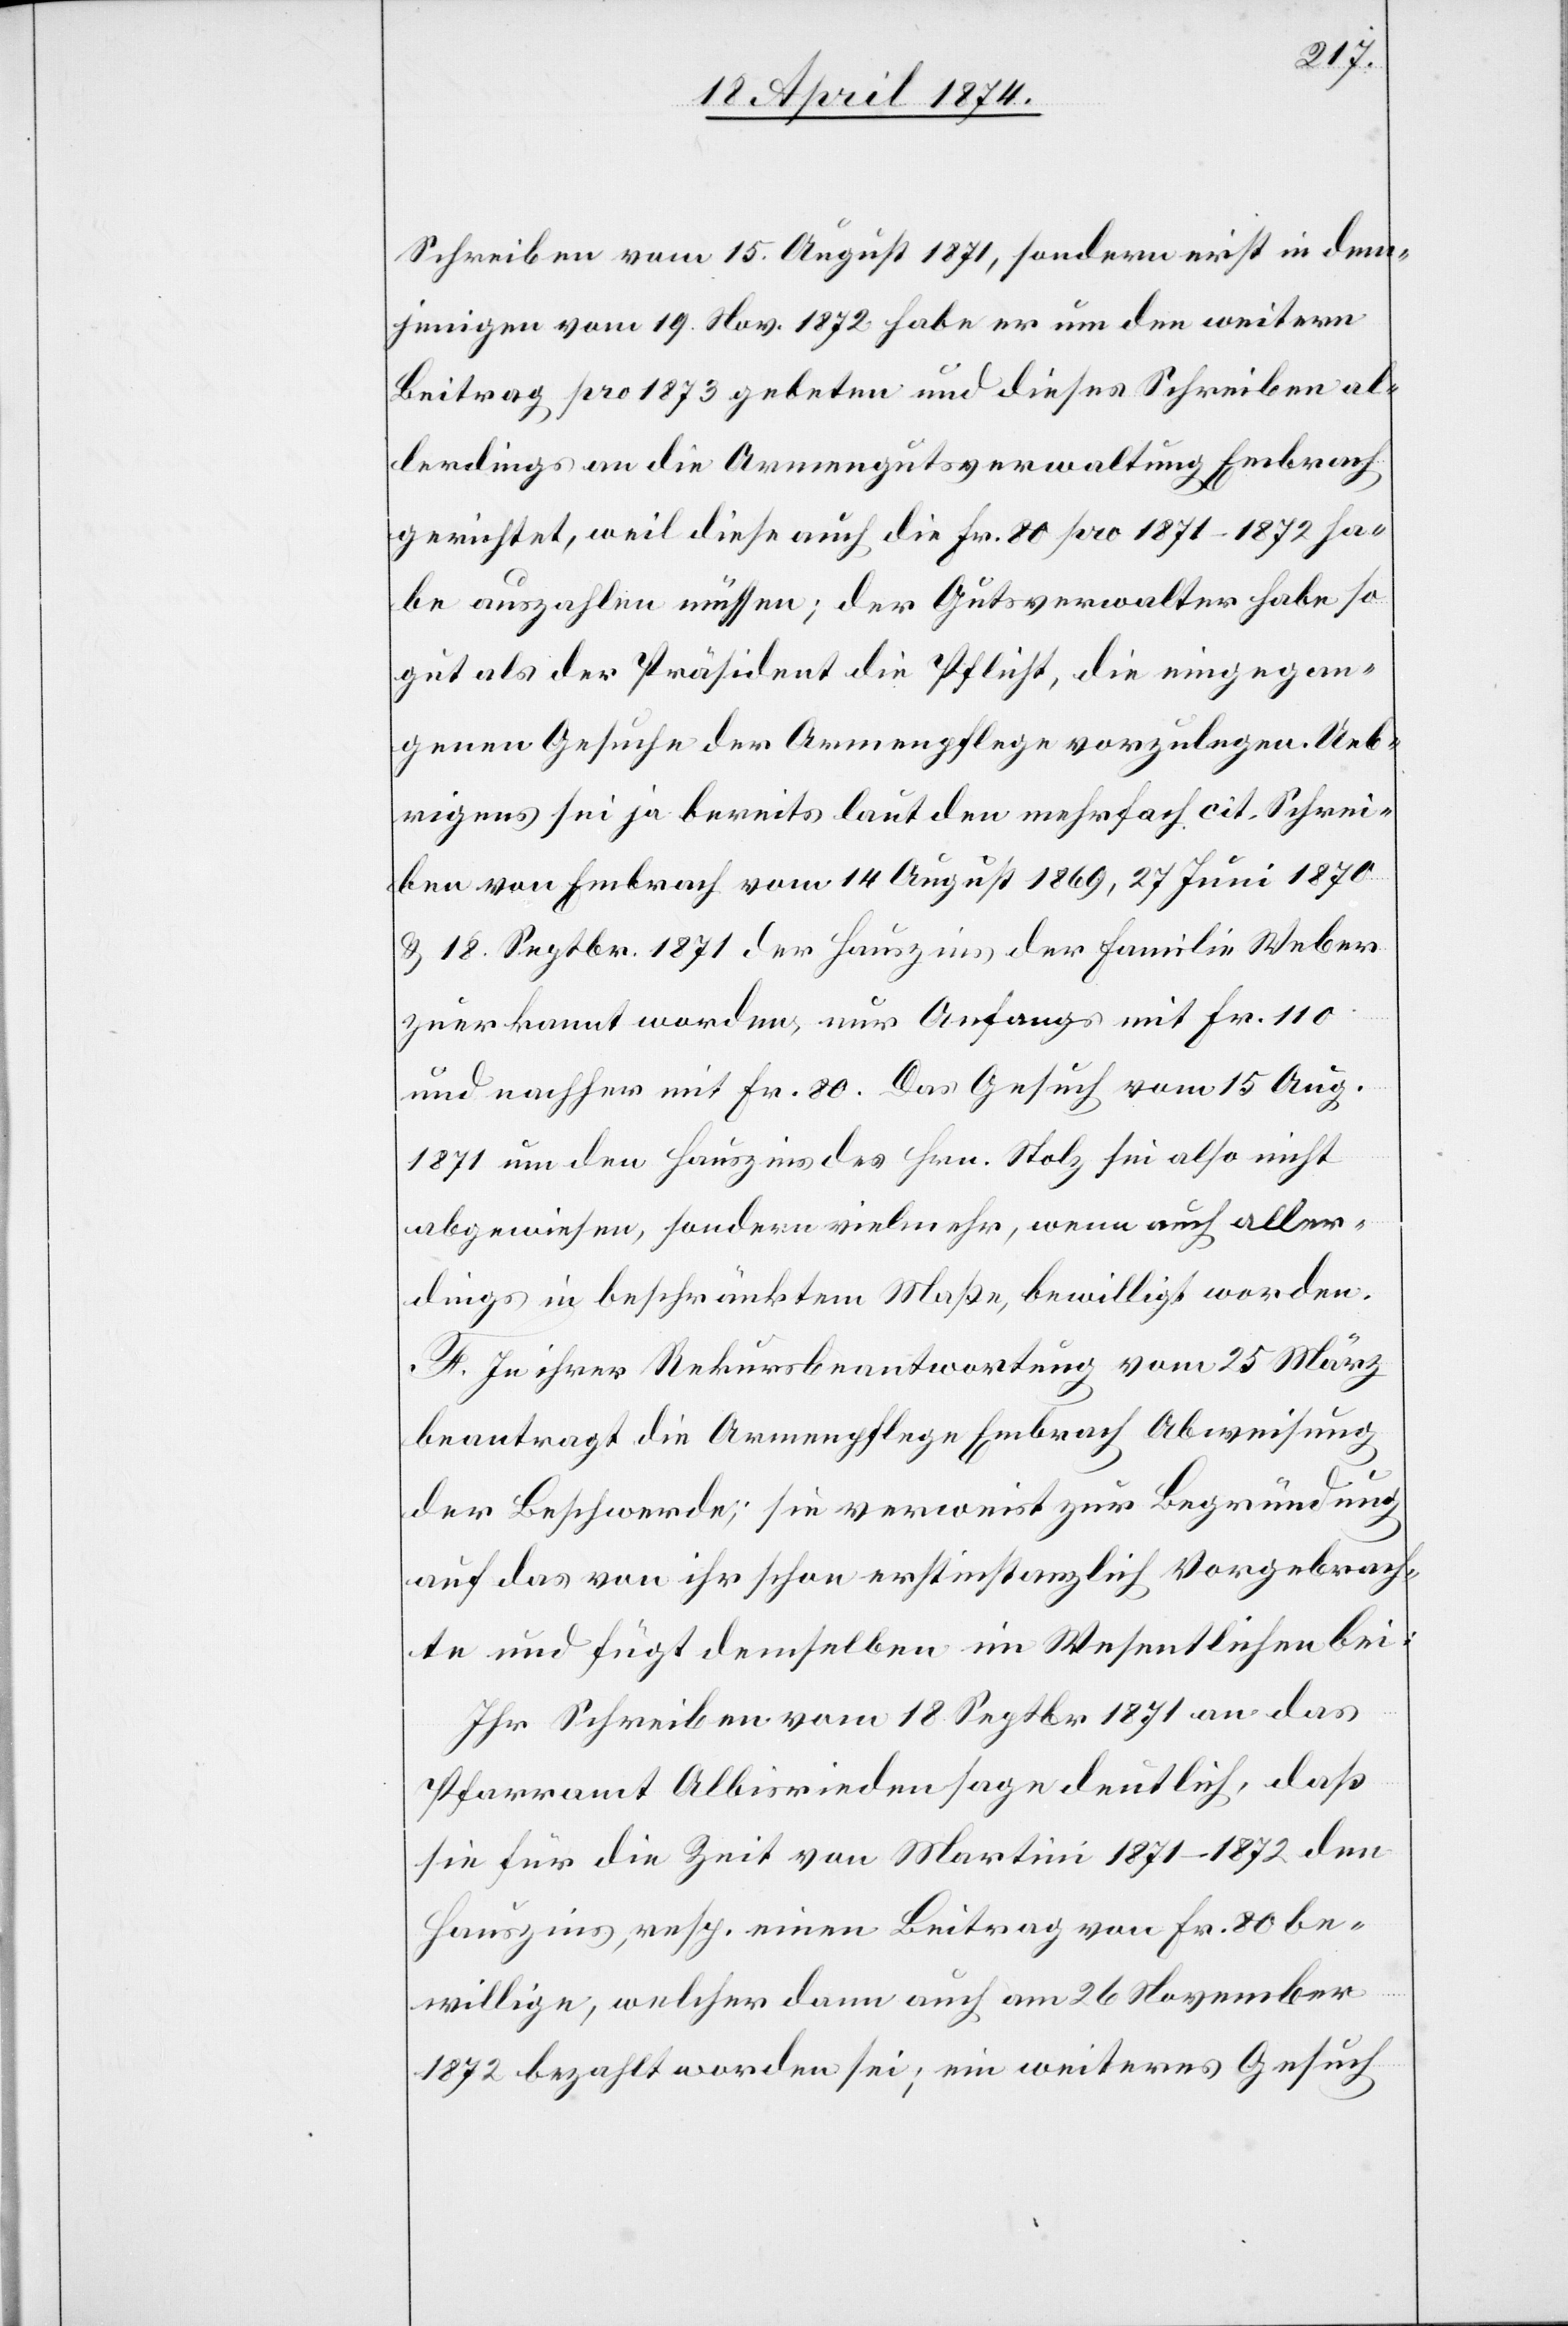
Schreiben vom 15. August 1871, sondern erst in dem¬
jenigen vom 19. Nov. 1872 habe er um den weitern
Beitrag pro 1873 gebeten und dieses Schreiben al¬
lerdings an die Armengutsverwaltung Embrach
gerichtet, weil diese auch die Fr. 80 pro 1871–1872 ha¬
be auszahlen müssen; der Gutsverwalter habe so
gut als der Präsident die Pflicht, die eingegan¬
genen Gesuche der Armenpflege vorzulegen. Ueb¬
rigens sei ja bereits laut den mehrfach cit. Schrei¬
ben von Embrach vom 14. August 1869, 27. Juni 1870
u. 18. Septbr. 1871 der Hauszins der Familie Weber
zuerkannt worden, nur Anfangs mit Fr. 110
und nachher mit Fr. 80. Das Gesuch vom 15. Aug.
1871 um den Hauszins des Hrn. Stolz sei also nicht
abgewiesen, sondern vielmehr, wenn auch aller¬
dings in beschränktem Maße, bewilligt worden.
F. In ihrer Rekursbeantwortung vom 25. März
beantragt die Armenpflege Embrach Abweisung
der Beschwerde; sie verweist zur Begründung
auf das von ihr schon erstinstanzlich Vorgebrach¬
te und fügt demselben im Wesentlichen bei:
Ihr Schreiben vom 18. Septbr 1871 an das
Pfarramt Albisrieden sage deutlich, daß
sie für die Zeit von Martini 1871–1872 dem
Hauszins, resp. einen Beitrag von Fr. 80 be¬
willige, welcher dann auch am 26. November
1872 bezahlt worden sei; ein weiteres Gesuch